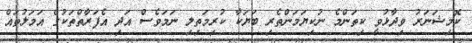
ކޮމިޝަނަރު ވިދާޅުވީ ކިތަންމެ ނުކިޔަމަންތެރި ބަޔަކާ ކުރިމަތިލި ނަމަވެސް އަދި އެފަރާތްތަކުގެ އަމަލުތައް